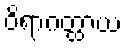
ဝိရာဂတ္ထာယ